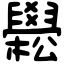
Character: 𦦵